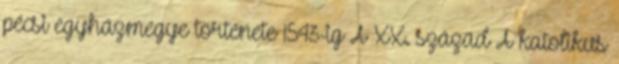
pécsi egyházmegye története 1543-ig A XX. század A katolikus